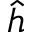
\hat { h }